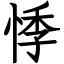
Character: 悸